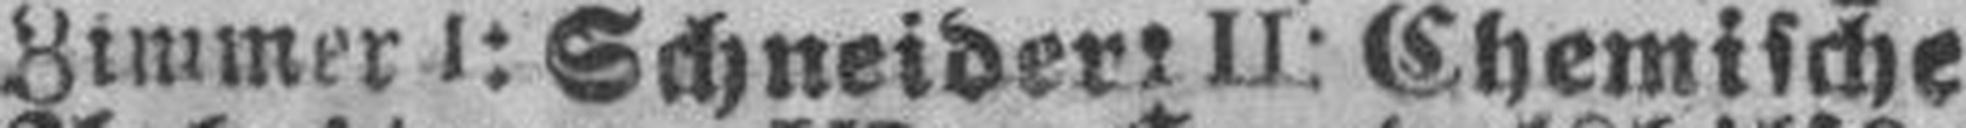
Zimmer I: Schneidert II: Chemische